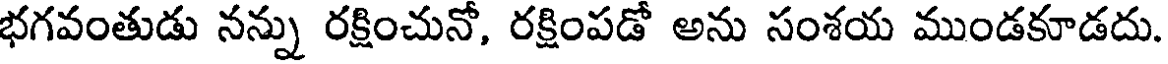
భగవంతుడు నన్ను రక్షించునో, రక్షింపడో అను సంశయ ముండకూడదు.